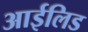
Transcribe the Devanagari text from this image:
आईलिड